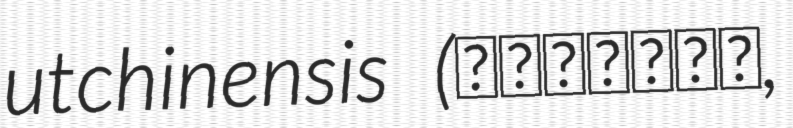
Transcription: utchinensis (オキナワスミレ,